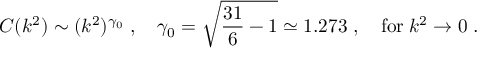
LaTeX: C ( k ^ { 2 } ) \sim ( k ^ { 2 } ) ^ { \gamma _ { 0 } } \; , \quad \gamma _ { 0 } = \sqrt { \frac { 3 1 } { 6 } - 1 } \simeq 1 . 2 7 3 \; , \quad \mathrm { f o r } \; k ^ { 2 } \to 0 \; .